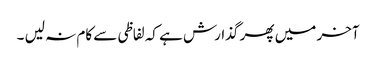
آخر میں پھر گذارش ہے کہ لفاظی سے کام نہ لیں ۔